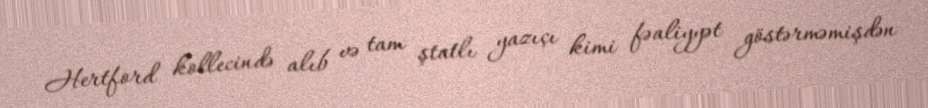
Hertford kollecində alıb və tam ştatlı yazıçı kimi fəaliyyət göstərməmişdən